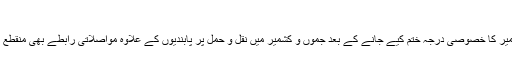
(فائل فوٹو)
یاد رہے کہ بھارتی حکومت نے رواں سال 5 اگست کو جموں و کشمیر کا خصوصی درجہ ختم کیے جانے کے بعد جموں و کشمیر میں نقل و حمل پر پابندیوں کے علاوہ مواصلاتی رابطے بھی منقطع کر دیے تھے اور اہم سیاسی رہنماؤں کو بھی نظر بند کر دیا گیا تھا۔